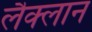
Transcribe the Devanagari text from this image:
लैक्लान